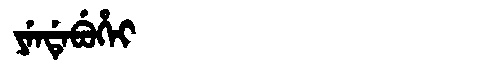
Manchu: ᠶᡝᠨᡩᡝᠪᡠᡥᡝᡳ
Romanization: YENDEBUHEI